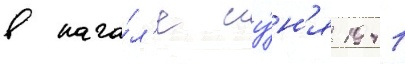
в нача́л'е иу́н'я 1941